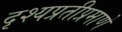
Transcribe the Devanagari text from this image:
दृश्यप्रतीप्रमाणे